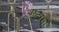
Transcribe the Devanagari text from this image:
अष्टांगों